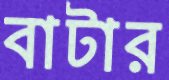
বাটার